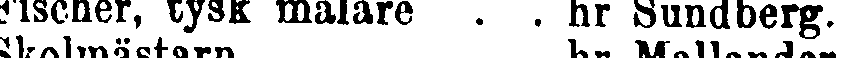
Fischer, tysk målare . . hr Sundberg.